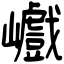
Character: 巇